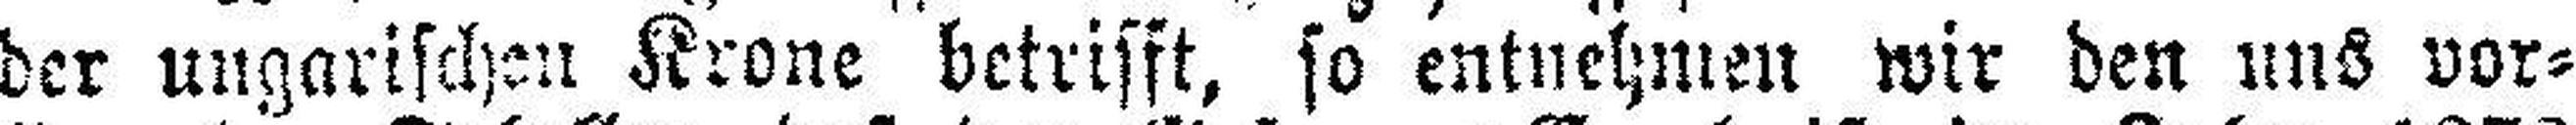
der ungarischen Krone betrifft, so entnehmen wir den uns vor¬